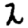
Digit: 2